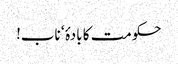
حکومت کا بادۂ‘ ناب!